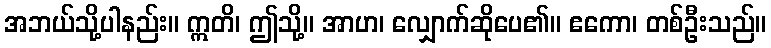
အဘယ်သို့ပါနည်း။ ဣတိ၊ ဤသို့။ အာဟ၊ လျှောက်ဆိုပေ၏။ ဧကော၊ တစ်ဦးသည်။